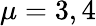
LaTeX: \mu=3,4